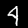
Digit: 4